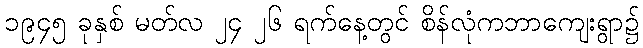
၁၉၄၅ ခုနှစ် မတ်လ ၂၄ ၂၆ ရက်နေ့တွင် စိန်လုံကဘာကျေးရွာ၌